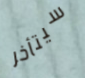
سيتأخر